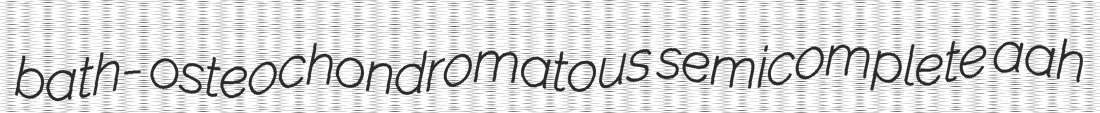
bath- osteochondromatous semicomplete aah